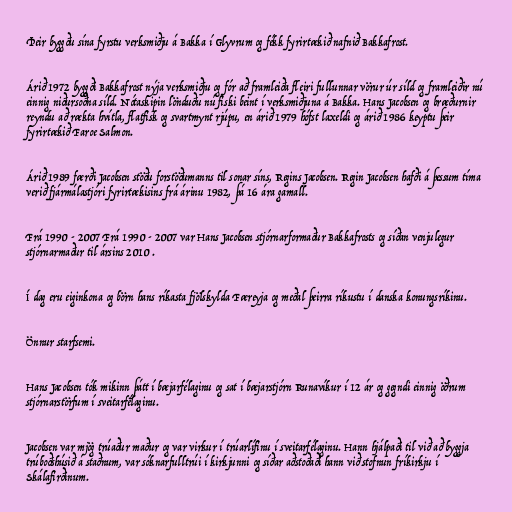
Þeir byggðu sína fyrstu verksmiðju á Bakka í Glyvrum og fékk fyrirtækið nafnið Bakkafrost.

Árið 1972 byggði Bakkafrost nýja verksmiðju og fór að framleiða fleiri fullunnar vörur úr síld og framleiðir nú
einnig niðursoðna síld. Nótaskipin lönduðu nú fiski beint í verksmiðjuna á Bakka. Hans Jacobsen og bræðurnir
reyndu að rækta hvítla, flatfisk og svartmynt rjúpu, en árið 1979 hófst laxeldi og árið 1986 keyptu þeir
fyrirtækið Faroe Salmon.

Árið 1989 færði Jacobsen stöðu forstöðumanns til sonar síns, Regins Jacobsen. Regin Jacobsen hafði á þessum tíma
verið fjármálastjóri fyrirtækisins frá árinu 1982, þá 16 ára gamall.

Frá 1990 - 2007 Frá 1990 - 2007 var Hans Jacobsen stjórnarformaður Bakkafrosts og síðan venjulegur
stjórnarmaður til ársins 2010 .

Í dag eru eiginkona og börn hans ríkasta fjölskylda Færeyja og meðal þeirra ríkustu í danska konungsríkinu.

Önnur starfsemi.

Hans Jacobsen tók mikinn þátt í bæjarfélaginu og sat í bæjarstjórn Runavíkur í 12 ár og gegndi einnig öðrum
stjórnarstörfum í sveitarfélaginu.

Jacobsen var mjög trúaður maður og var virkur í trúarlífinu í sveitarfélaginu. Hann hjálpaði til við að byggja
trúboðshúsið á staðnum, var sóknarfulltrúi í kirkjunni og síðar aðstoðaði hann við stofnun fríkirkju í
Skálafirðinum.